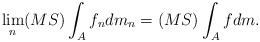
\begin{align*}\lim_n (MS)\int_{A} f_ndm_n = (MS)\int_{A} fdm.\end{align*}